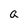
Character: a